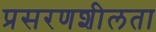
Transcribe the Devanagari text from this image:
प्रसरणशीलता